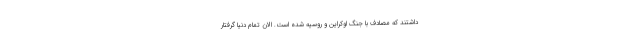
داشتند که مصادف با جنگ اوکراین و روسیه شده است. الان تمام دنیا گرفتار